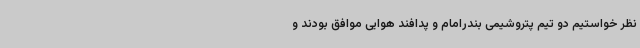
نظر خواستیم دو تیم پتروشیمی بندرامام و پدافند هوایی موافق بودند و